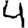
Digit: 4